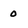
Character: 0